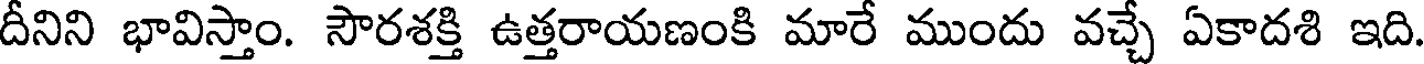
దీనిని భావిస్తాం. సౌరశక్తి ఉత్తరాయణంకి మారే ముందు వచ్చే ఏకాదశి ఇది